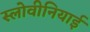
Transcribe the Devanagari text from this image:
स्लोवीनियाई